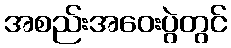
အစည်းအဝေးပွဲတွင်